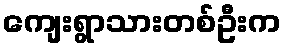
ကျေးရွာသားတစ်ဦးက